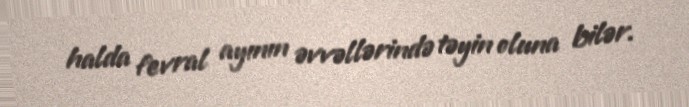
halda fevral ayının əvvəllərində təyin oluna bilər.